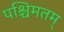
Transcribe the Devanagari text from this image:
पश्चिमतम्